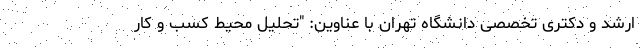
ارشد و دکتری تخصصی دانشگاه تهران با عناوین: "تحلیل محیط کسب و کار